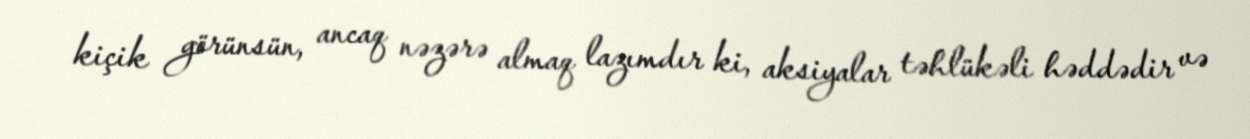
kiçik görünsün, ancaq nəzərə almaq lazımdır ki, aksiyalar təhlükəli həddədir və